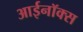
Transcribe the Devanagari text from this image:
आईनॉक्स